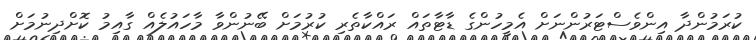
ކުރަމުންދާ އިންވެސްޓަރުންނަށް އެމީހުންގެ ޑާޓާތައް ރައްކާތެރި ކުރުމަށް ބޭނުންވާ މާހައުލެއް ގާއިމު ކޮށްދިނުމަށް